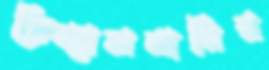
ফ্রিম্যাসনারির